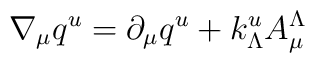
\nabla_\mu q^u = \partial_\mu q^u + k^u_\Lambda A^\Lambda_\mu